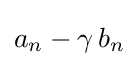
a_{n}-\gamma \,b_{n}